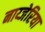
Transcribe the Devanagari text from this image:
नाय्जेरिया